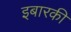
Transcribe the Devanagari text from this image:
इबारकी